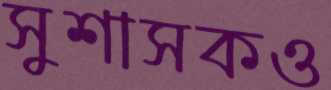
সুশাসকও